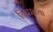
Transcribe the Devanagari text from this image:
निष्पत्त्या